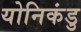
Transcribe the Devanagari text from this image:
योनिकंडु